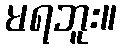
မရဘူး။